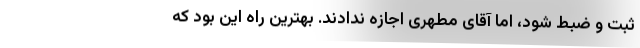
ثبت و ضبط شود، اما آقای مطهری اجازه ندادند. بهترین راه این بود که